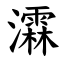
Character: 瀮